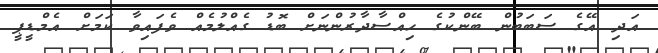
އަދި އޭގެ ސަބަބުން ބޭންކުގެ ހިއްސާދާރުންނަށް ބޮޑު ގެއްލުމެއް ވެފައިވާ ކަމަށް އެމްޑީޕީ